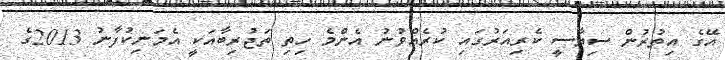
އޭގެ އިތުރުން ސިޔާސީ ކެރިއަރުގައި ކުރެއްވުނު އެންމެ ހިތި ތަޖުރިބާއަކީ އެމަނިކުފާނު 2013ގެ